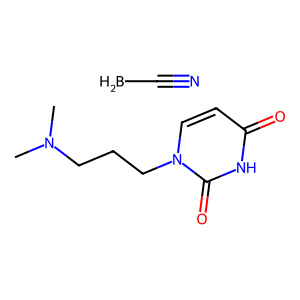
SMILES: BC#N.CN(C)CCCn1ccc(=O)[nH]c1=O
Inhibits HIV replication: No